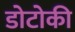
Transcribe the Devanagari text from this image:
डोटोकी